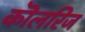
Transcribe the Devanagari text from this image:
कॊलरिज